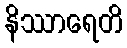
နိဿာရေတိ